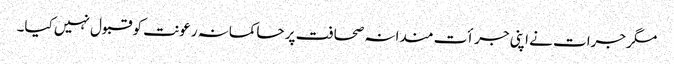
مگر جرات نے اپنی جرأت مندانہ صحافت پر حاکمانہ رعونت کو قبول نہیں کیا۔